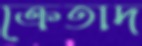
ক্রেতাদ